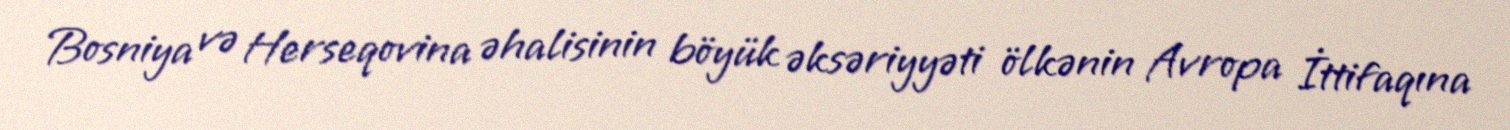
Bosniya və Herseqovina əhalisinin böyük əksəriyyəti ölkənin Avropa İttifaqına